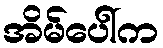
အိမ်ပေါ်က